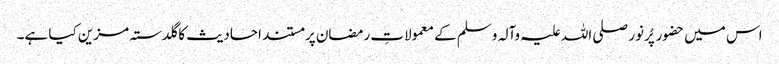
اس میں حضور پُرنور صلی اللہ علیہ وآلہ وسلم کے معمولاتِ رمضان پر مستند احادیث کا گلدستہ مزین کیا ہے۔